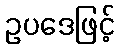
ဥပဒေဖြင့်